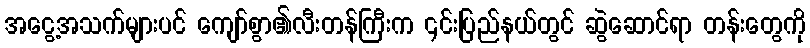
အငွေ့အသက်များပင် ကျော်စွာ၏လီးတန်ကြီးက ၎င်းပြည်နယ်တွင် ဆွဲဆောင်ရာ တန်းတွေကို